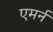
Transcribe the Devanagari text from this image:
एमर्न